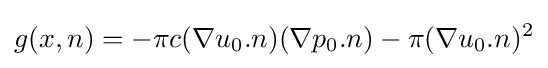
g(x,n)=-\pi c(\nabla u_{0}.n)(\nabla p_{0}.n)-\pi (\nabla u_{0}.n)^{2}